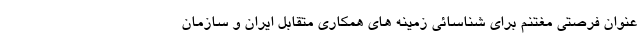
عنوان فرصتی مغتنم برای شناسائی زمینه های همکاری متقابل ایران و سازمان